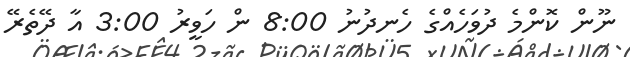
ނޫން ކޮންމެ ދުވަހެއްގެ ހެނދުނު 8:00 ން ހަވީރު 3:00 އާ ދޭތެރޭ